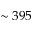
\sim 3 9 5